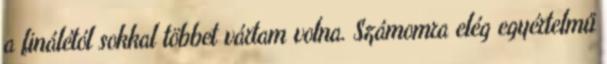
a finálétól sokkal többet vártam volna. Számomra elég egyértelmű